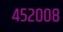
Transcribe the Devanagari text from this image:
४५२००८